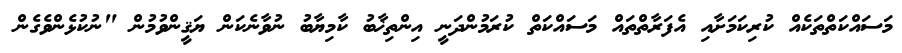
މަސައްކަތްތަކެއް ކުރިކަމަށާއި އެފަރާތްތައް މަސައްކަތް ކުރަމުންދަނީ އިންތިޚާބު ކާމިޔާބު ނުވާނެކަން ޔަޤީންވުމުން "ނުކުޅެންވެގެން